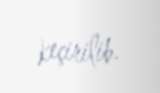
keçirilib.